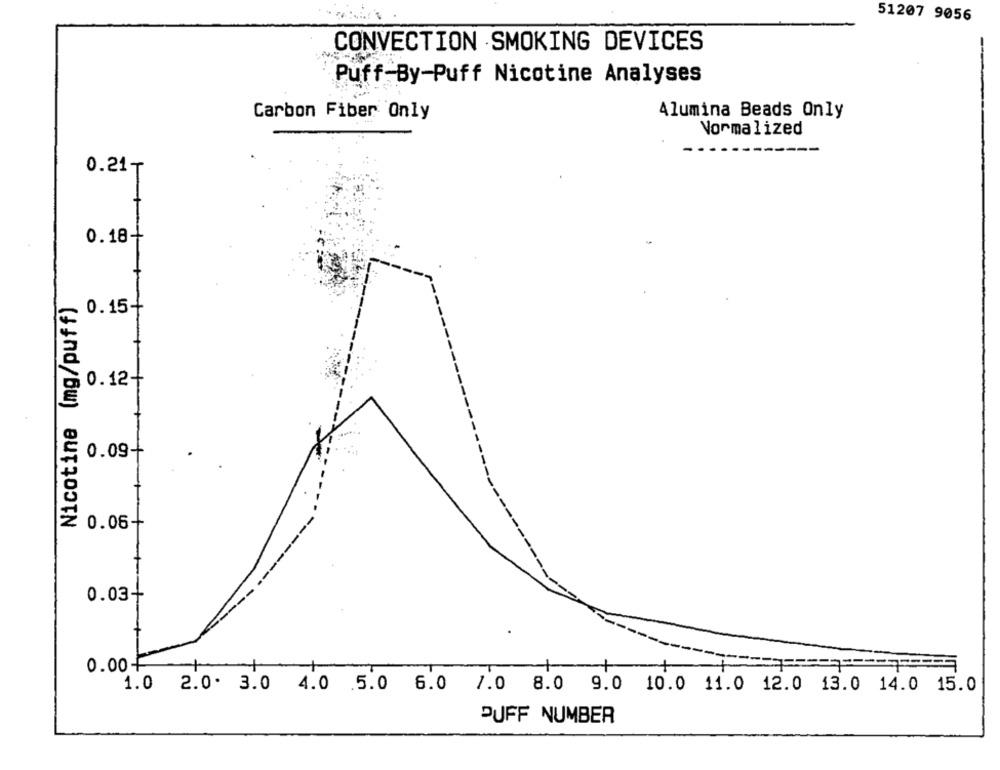
51207 9056
CONVECTION SMOKING DEVICES
Puff-By-Puff Nicotine Analyses
Carbon Fiber Only
Alumina Beads Only
Normalized
--------
0.21₸
0.18+
Nicotine (mg/puff)
0.15+
0.12+
0.09+
0.06-
0.03-
0.00+
1.0 2.0. 3.0 4.0 5.0 6.0 7.0 8.0 9.0 10.0 11.0 12.0 13.0 14.0 15.0
PUFF NUMBER